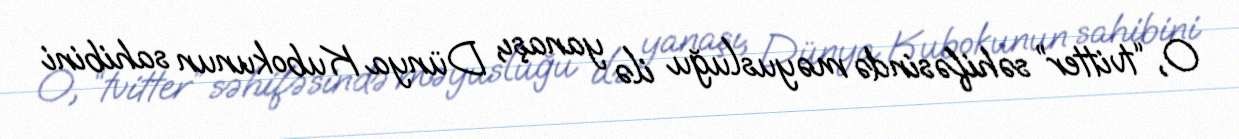
O, “tvitter” səhifəsində məyusluğu ilə yanaşı, Dünya Kubokunun sahibini